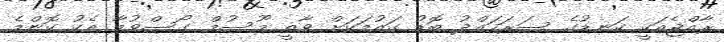
ރާއްޖެއަކީ ކަނޑުގެ ސަރަހައްދު ބޮޑު ގައުމަކަށް ވާތީ މޫސުމް ގޯސްވުމާ އެކު ކޮންމެ